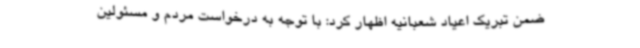
ضمن تبریک اعیاد شعبانیه اظهار کرد: با توجه به درخواست مردم و مسئولین